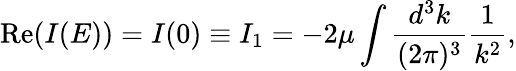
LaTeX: \mathrm{Re}(I(E))=I(0)\equiv I_{1}=-2\mu\int\frac{d^{3}k}{(2\pi)^{3}}\frac{1}{k^{2}},